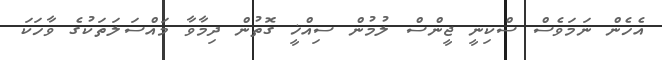
އެހެން ނަމަވެސް ސްކިނީ ޖީންސް ލުމުން ސިއްޚީ ގޮތުން ދިމާވާ މައްސަލަތަކުގެ ވާހަކަ